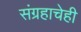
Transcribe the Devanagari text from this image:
संग्रहाचेही